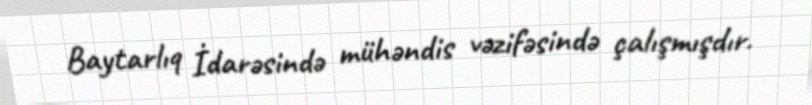
Baytarlıq İdarəsində mühəndis vəzifəsində çalışmışdır.